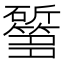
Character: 𱡰